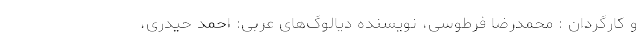
و کارگردان : محمدرضا فرطوسی، نویسنده دیالوگ‌های عربی: احمد حیدری،